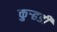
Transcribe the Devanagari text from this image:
कुऱ्हडी